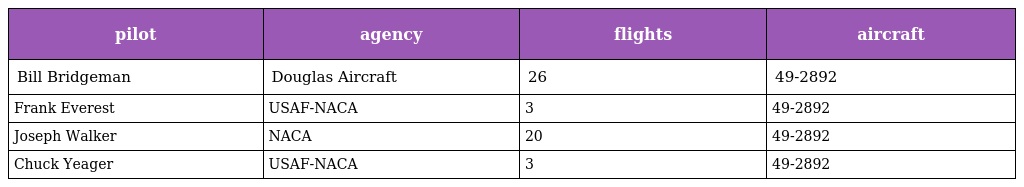
| pilot | agency | flights | aircraft |
 | --- | --- | --- | --- |
 | Bill Bridgeman | Douglas Aircraft | 26 | 49-2892 |
 | Frank Everest | USAF-NACA | 3 | 49-2892 |
 | Joseph Walker | NACA | 20 | 49-2892 |
 | Chuck Yeager | USAF-NACA | 3 | 49-2892 |